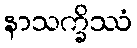
နာသက္ခိဿံ